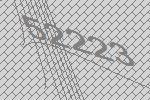
52223